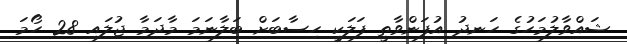
ޝައްވާލުމަހުގެ ހަނދު އުފަންވާތީ ފަލަކީ ހިސާބަށް ބަލާނަމަ މާދަމާ ޖުލައި 28 ހޯމަ